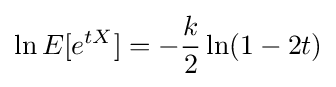
\ln E[e^{tX}]=-{\frac {k}{2}}\ln(1-2t)